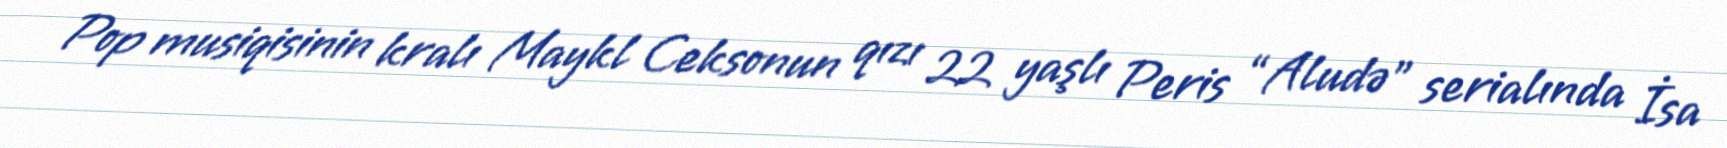
Pop musiqisinin kralı Maykl Ceksonun qızı 22 yaşlı Peris “Aludə” serialında İsa